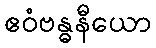
ဧဝံဗန္ဓနီယော